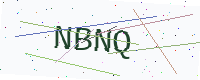
Text: NBNQ